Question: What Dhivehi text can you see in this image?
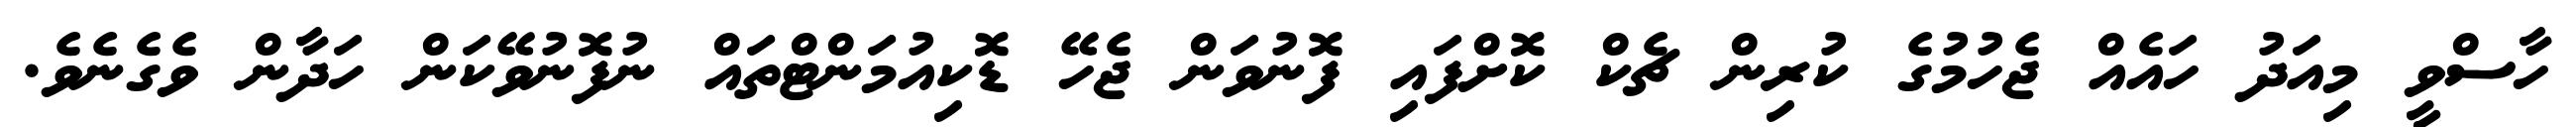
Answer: ހާސްވީ މިއަދު ހައެއް ޖެހުމުގެ ކުރިން ޗެކް ކޮށްފައި ފޮނުވަން ޖެހޭ ޑޮކިއުމަންޓްތައް ނުފޮނުވޭކަން ހަދާން ވެގެނެވެ.